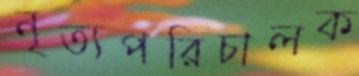
নৃত্যপরিচালক